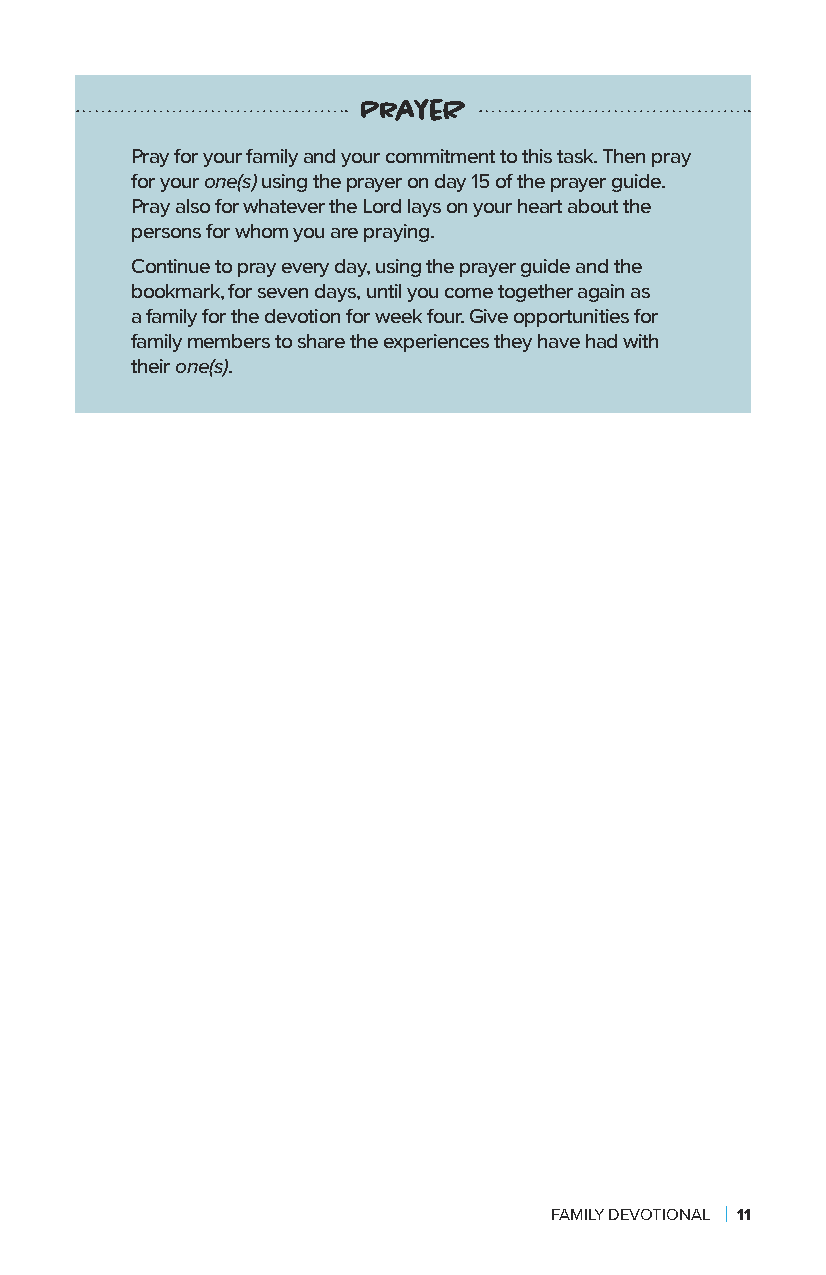
PrayeR
 Pray for your family and your commitment to this task. Then pray
 for your one(s) using the prayer on day 15 of the prayer guide.
 Pray also for whatever the Lord lays on your heart about the
 persons for whom you are praying.
 Continue to pray every day, using the prayer guide and the
 bookmark, for seven days, until you come together again as
 a family for the devotion for week four. Give opportunities for
 family members to share the experiences they have had with
 their one(s).
 FAMILY DEVOTIONAL | 11